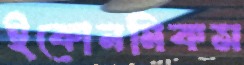
ইকোনমিকস